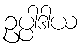
ဥပ္ပါဒါယ